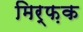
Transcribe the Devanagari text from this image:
मिर्फ़क